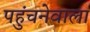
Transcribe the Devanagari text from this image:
पहुंचनेवाला